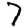
Digit: 7